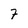
Character: 7